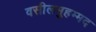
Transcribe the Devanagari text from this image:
वसीलमुहम्मद